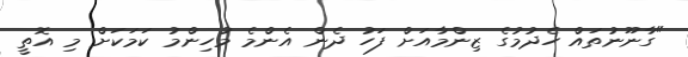
"ގާނޫނުތައް ހެދުމުގެ ޒިންމާއަށް ފަހު ދެން އެންމެ މުހިންމު ކަމަކަށް މި އޮތީ